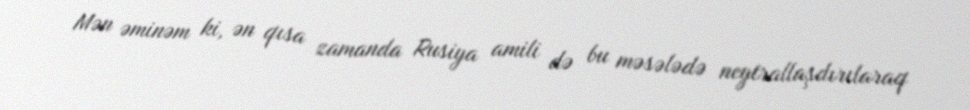
Mən əminəm ki, ən qısa zamanda Rusiya amili də bu məsələdə neytrallaşdırılaraq